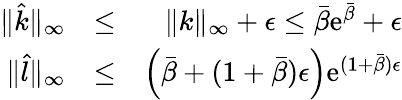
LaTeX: \begin{array}{rlr}{\| \hat{k}\| _{\infty}}&{\leq}&{\| k\| _{\infty}+\epsilon\leq\bar{\beta}\mathrm{e}^{\bar{\beta}}+\epsilon}\\ {\| \hat{l}\| _{\infty}}&{\leq}&{\left(\bar{\beta}+(1+\bar{\beta})\epsilon\right)\mathrm{e}^{(1+\bar{\beta})\epsilon}}\end{array}